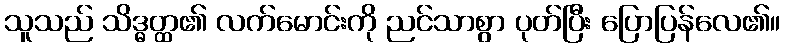
သူသည် သိဒ္ဓတ္ထ၏ လက်မောင်းကို ညင်သာစွာ ပုတ်ပြီး ပြောပြန်လေ၏။